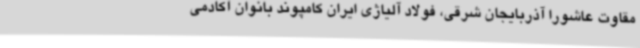
مقاوت عاشورا آذربایجان شرقی، فولاد آلیاژی ایران کامپوند بانوان آکادمی